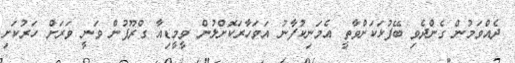
ދެއްވަމުން ގެންދެވި ބޭފުޅަކަށްވާތީ އެމަނިކުފާނު އަވަހާރަކޮށްލުން ވީމީޑިއާ ގްރޫޕުން ވަނީ ވަރަށް ހަރުކަށި